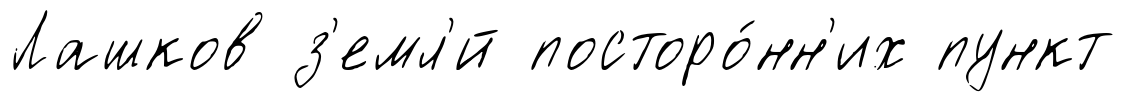
Лашков з'емл'́й посторо́нн'их пункт